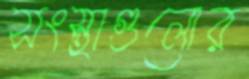
সংস্থাগুলোর